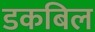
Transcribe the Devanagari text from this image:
डकबिल